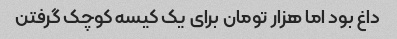
داغ بود اما هزار تومان برای یک کیسه کوچک گرفتن